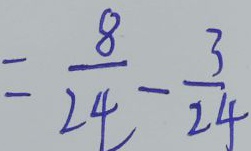
= \frac { 8 } { 2 4 } - \frac { 3 } { 2 4 }